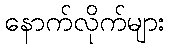
နောက်လိုက်များ